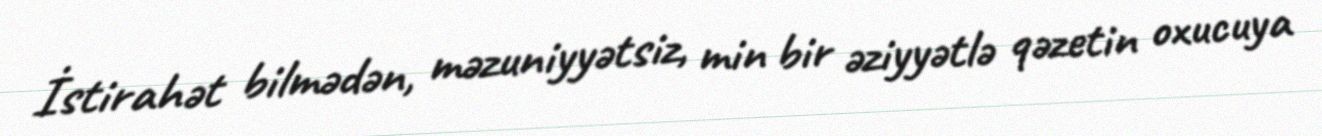
İstirahət bilmədən, məzuniyyətsiz, min bir əziyyətlə qəzetin oxucuya